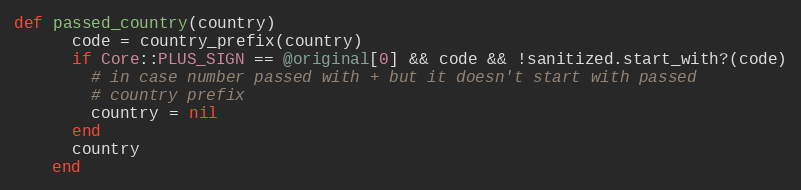
Language: Ruby
def passed_country(country)
      code = country_prefix(country)
      if Core::PLUS_SIGN == @original[0] && code && !sanitized.start_with?(code)
        # in case number passed with + but it doesn't start with passed
        # country prefix
        country = nil
      end
      country
    end